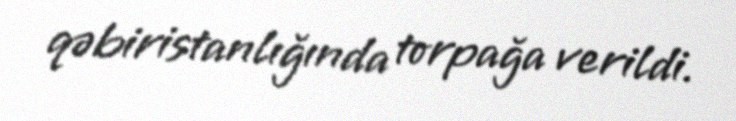
qəbiristanlığında torpağa verildi.